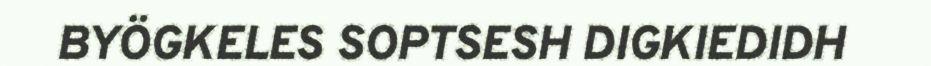
BYÖGKELES SOPTSESH DIGKIEDIDH